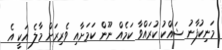
މަނިކުފާނު ޝައްކު ކުރައްވާ ކަމެއް ނޫން ކަމަށާއި ވެރިރަށް މާލެ އަކީ އެ